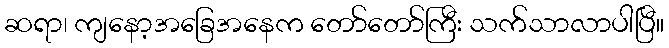
ဆရာ၊ ကျနော့အခြေအနေက တော်တော်ကြီး သက်သာလာပါပြီ။